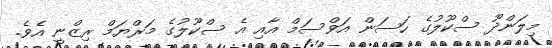
މިލަންދޫ ސްކޫލުގެ ހަސަން އަވްސަމް އާއި އެ ސްކޫލުގެ މަރްޔަމް ރިޒްނީ އެވެ.